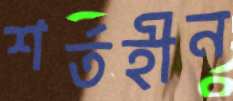
শর্তহীন